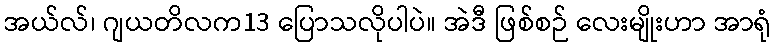
အယ်လ်၊ ဂျယတိလက13 ပြောသလိုပါပဲ။ အဲဒီ ဖြစ်စဉ် လေးမျိုးဟာ အာရုံ